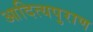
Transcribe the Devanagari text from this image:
आदित्यपुराण